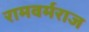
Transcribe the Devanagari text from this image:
रामवर्मराज